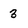
Character: 3